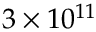
3 \times 1 0 ^ { 1 1 }